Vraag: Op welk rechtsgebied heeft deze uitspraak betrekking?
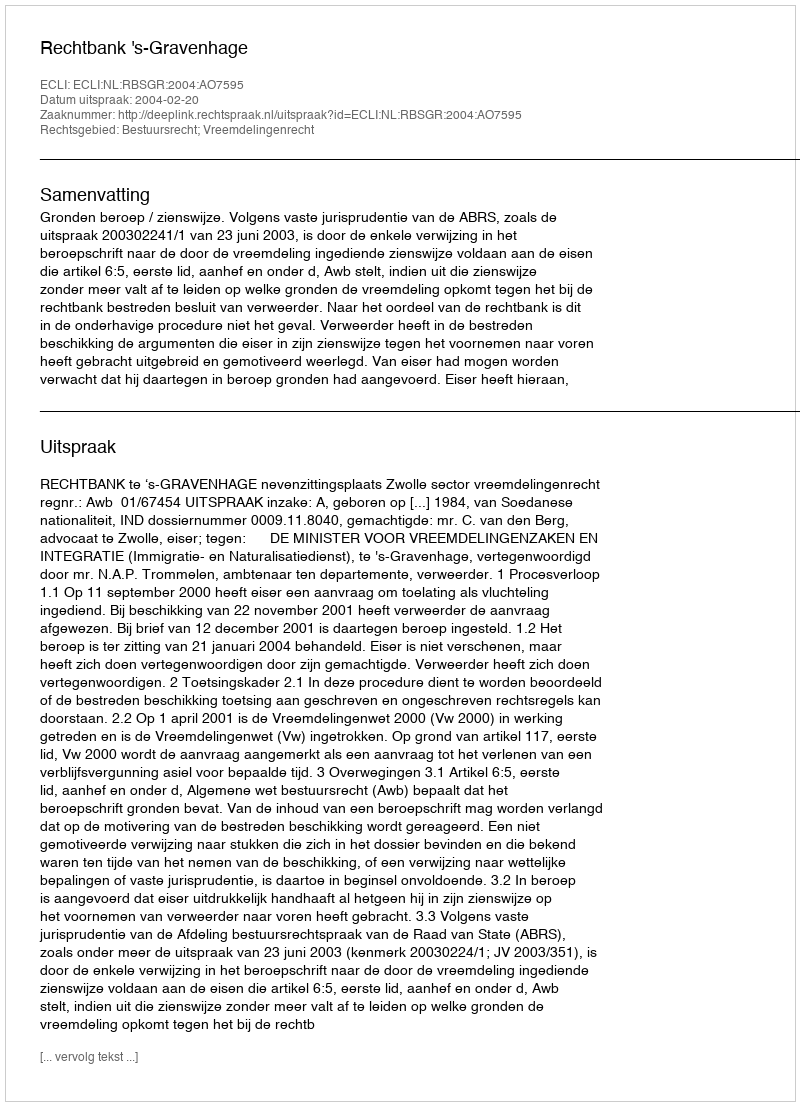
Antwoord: Bestuursrecht; Vreemdelingenrecht